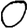
Digit: 0